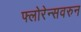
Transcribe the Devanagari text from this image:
फ्लोरेन्सवरुन